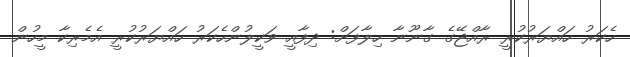
ހެކަރު ހައްޔަރުކުރީ ރާއްޖޭގެ ގާނޫނާ ހިލާފަށް: ދިފާއީ ވަކީލުންހެކަރު ހައްޔަރުކުރީ އެމެރިކާ މީހުން